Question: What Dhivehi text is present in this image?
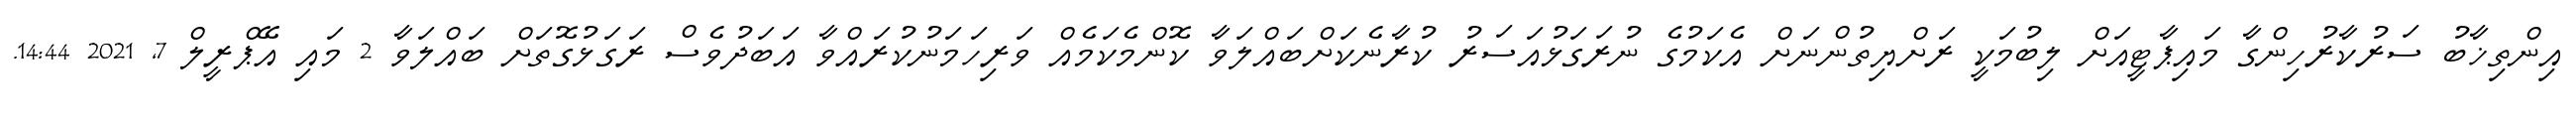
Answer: އިންތިޚާބު ސަރުކާރުހިންގާ މައިޕާޓީއަށް ލިބުމަކީ ރަށްޔިތުންނަށް އެކަމުގެ ނުރަގަޅުއަސަރު ކުރާނެކަށްބައްލަވާ ކޮންމެކަމެއް ވަރިހަމަނުކުރައްވާ އަބަދުވެސް ރަގަޅުގޮތަށް ބައްލަވާ 2 މައި އޭޕްރީލް 7, 2021 14:44.